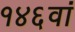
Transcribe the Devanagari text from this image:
१४६वां